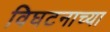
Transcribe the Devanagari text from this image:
विघटनाच्या